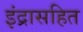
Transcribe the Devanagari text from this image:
इंद्रासहित